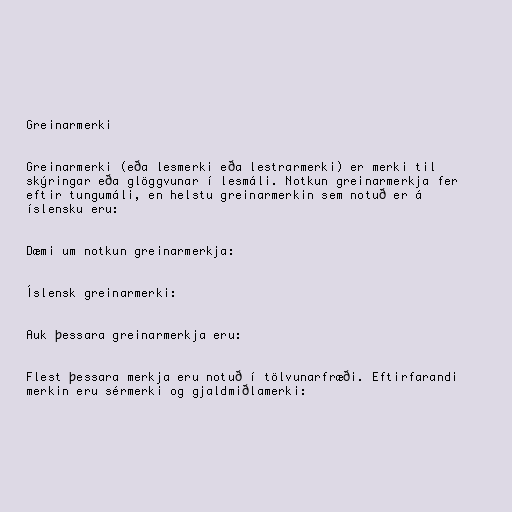
Greinarmerki

Greinarmerki (eða lesmerki eða lestrarmerki) er merki til
skýringar eða glöggvunar í lesmáli. Notkun greinarmerkja fer
eftir tungumáli, en helstu greinarmerkin sem notuð er á
íslensku eru:

Dæmi um notkun greinarmerkja:

Íslensk greinarmerki:

Auk þessara greinarmerkja eru:

Flest þessara merkja eru notuð í tölvunarfræði. Eftirfarandi
merkin eru sérmerki og gjaldmiðlamerki: